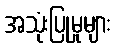
အသုံးပြုမှုများ